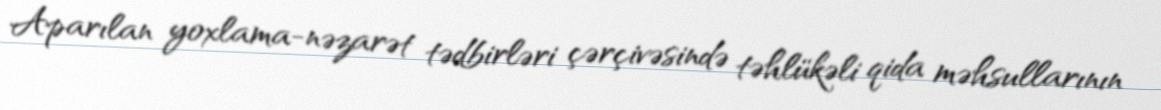
Aparılan yoxlama-nəzarət tədbirləri çərçivəsində təhlükəli qida məhsullarının